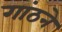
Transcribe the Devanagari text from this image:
गांठने